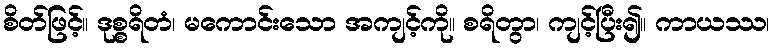
စိတ်ဖြင့်။ ဒုစ္စရိတံ၊ မကောင်းသော အကျင့်ကို။ စရိတွာ၊ ကျင့်ပြီး၍။ ကာယဿ၊